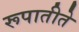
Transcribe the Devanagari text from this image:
रूपातीते